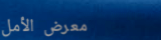
معرض الأمل